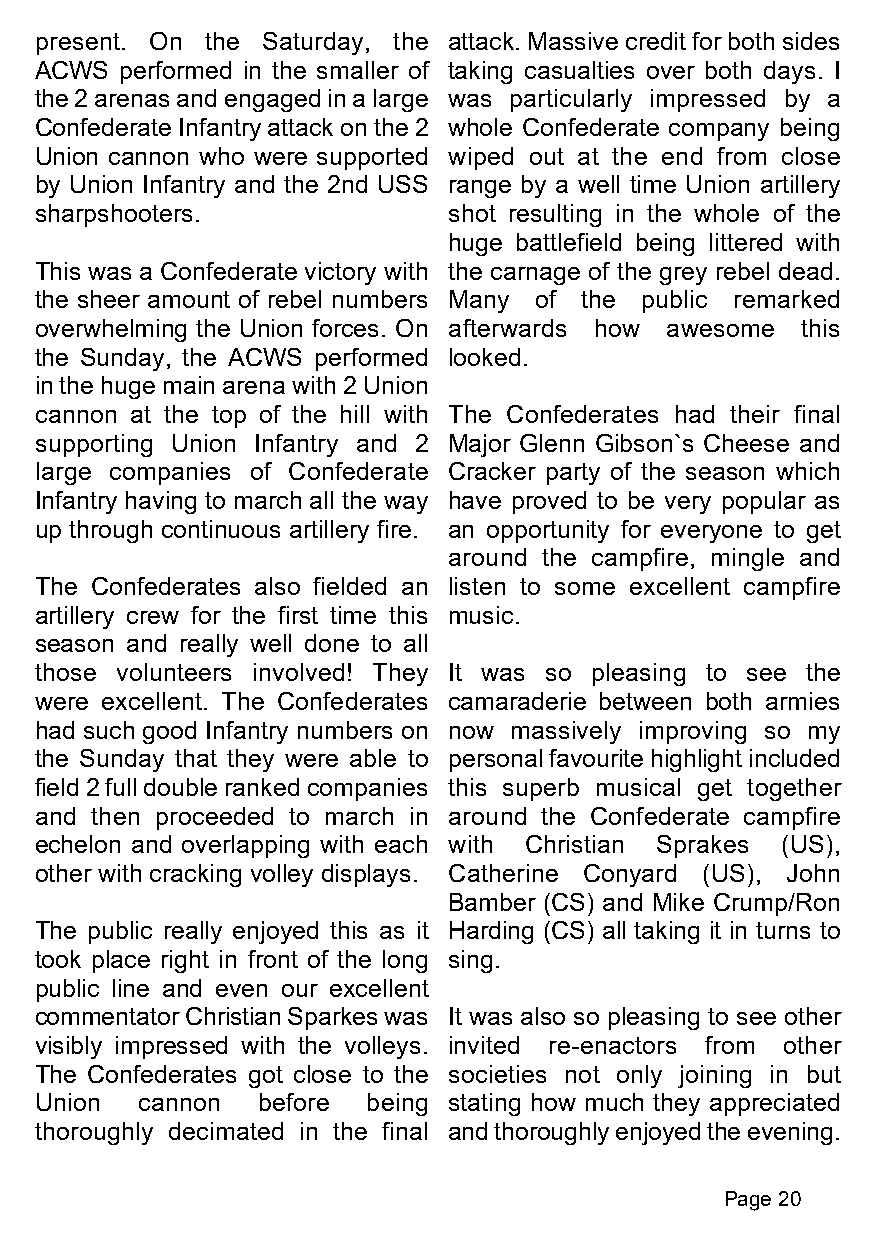
present. On the Saturday, the attack. Massive credit for both sides
 ACWS  performed in the smaller of taking casualties over both days. I
 the 2 arenas and engaged in a large was particularly impressed by a
 Confederate Infantry attack on the 2 whole Confederate company being
 Union cannon who were supported wiped out at the end from close
 by Union Infantry and the 2nd USS range by a well time Union artillery
 sharpshooters.              shot resulting in the whole of the
 huge battlefield being littered with
 This was a Confederate victory with the carnage of the grey rebel dead.
 the sheer amount of rebel numbers Many of the public remarked
 overwhelming the Union forces. On afterwards how awesome this
 the Sunday, the ACWS performed looked.
 in the huge main arena with 2 Union
 cannon at the top of the hill with The Confederates had their final
 supporting Union Infantry and 2 Major Glenn Gibson`s Cheese and
 large companies of Confederate Cracker party of the season which
 Infantry having to march all the way have proved to be very popular as
 up through continuous artillery fire. an opportunity for everyone to get
 around the campfire, mingle and
 The Confederates also fielded an listen to some excellent campfire
 artillery crew for the first time this music.
 season and really well done to all
 those volunteers involved! They It was so pleasing to see the
 were excellent. The Confederates camaraderie between both armies
 had such good Infantry numbers on now massively improving so my
 the Sunday that they were able to personal favourite highlight included
 field 2 full double ranked companies this superb musical get together
 and then proceeded to march in around the Confederate campfire
 echelon and overlapping with each with Christian Sprakes (US),
 other with cracking volley displays. Catherine Conyard (US), John
 Bamber (CS) and Mike Crump/Ron
 The public really enjoyed this as it Harding (CS) all taking it in turns to
 took place right in front of the long sing.
 public line and even our excellent
 commentator Christian Sparkes was It was also so pleasing to see other
 visibly impressed with the volleys. invited re-enactors from other
 The Confederates got close to the societies not only joining in but
 Union  cannon  before being stating how much they appreciated
 thoroughly decimated in the final and thoroughly enjoyed the evening.
 Page 20